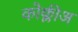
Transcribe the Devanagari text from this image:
कोक्लीअ